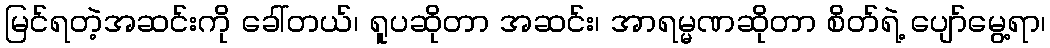
မြင်ရတဲ့အဆင်းကို ခေါ်တယ်၊ ရူပဆိုတာ အဆင်း၊ အာရမ္မဏဆိုတာ စိတ်ရဲ့ ပျော်မွေ့ရာ၊